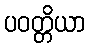
ပဝတ္တိယာ